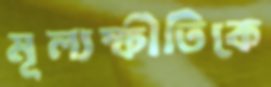
মূল্যস্ফীতিকে